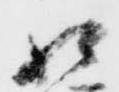
相